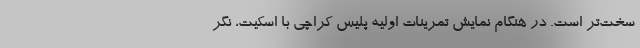
سخت‌تر است. در هنگام نمایش تمرینات اولیه پلیس کراچی با اسکیت، نگر